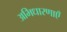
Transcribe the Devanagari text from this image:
अभिधारणाएँ